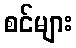
စင်များ